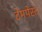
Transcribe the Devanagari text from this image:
टेमपेस्ट